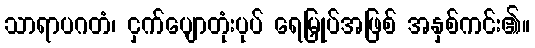
သာရာပဂတံ၊ ငှက်ပျောတုံးပုပ် ရေမြှုပ်အဖြစ် အနှစ်ကင်း၏။